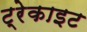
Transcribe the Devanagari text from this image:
ट्रेकाइट